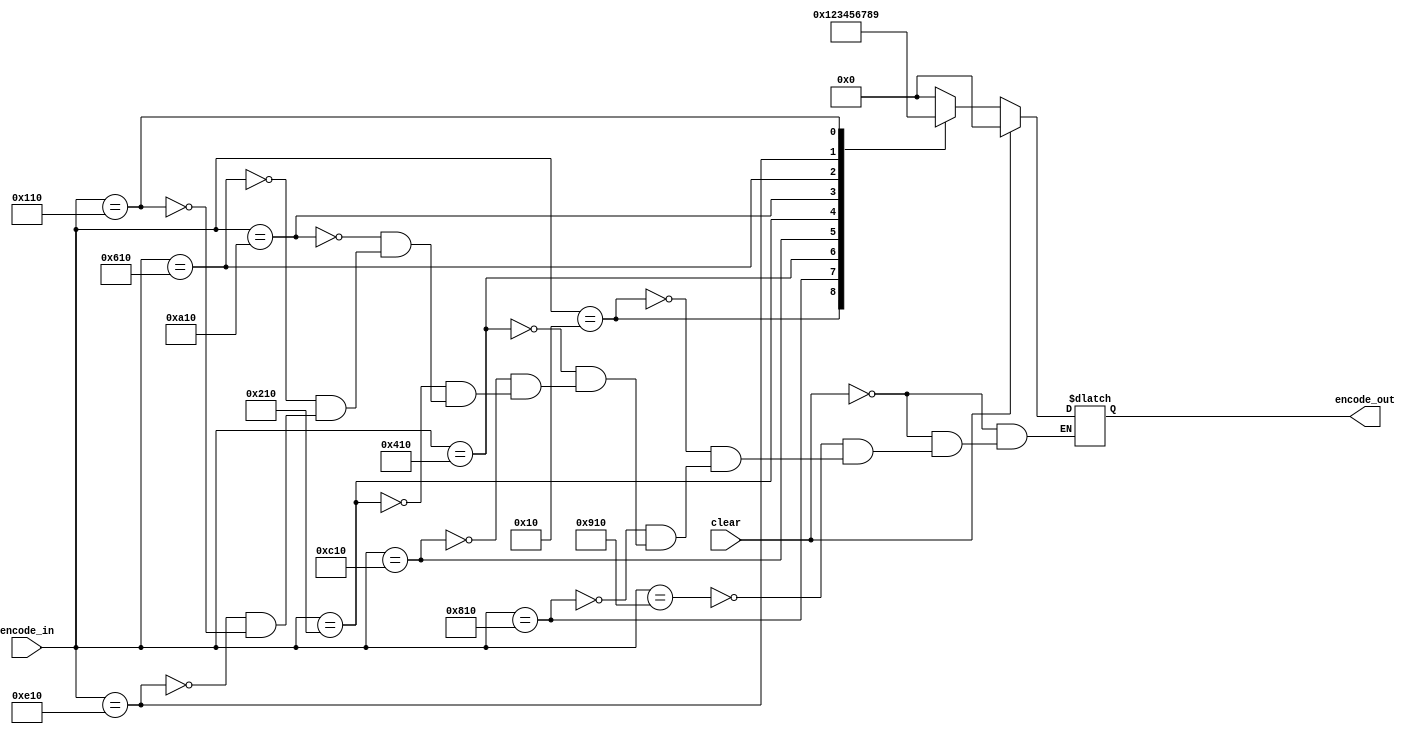
`timescale 1ns / 1ps

`define REMOTE_0 12'b100100010000
`define REMOTE_1 12'b000000010000
`define REMOTE_2 12'b100000010000
`define REMOTE_3 12'b010000010000
`define REMOTE_4 12'b110000010000
`define REMOTE_5 12'b001000010000
`define REMOTE_6 12'b101000010000
`define REMOTE_7 12'b011000010000
`define REMOTE_8 12'b111000010000
`define REMOTE_9 12'b000100010000

module SelectiveEncoder(
input[11:0] encode_in,
input clear,
output reg [3:0] encode_out
);
         
always@(encode_in)
if (clear) begin
encode_out = 4'h0;
end else
    begin
        case(encode_in)
        `REMOTE_0: encode_out = 4'h0;
        `REMOTE_1: encode_out = 4'h1;
        `REMOTE_2: encode_out = 4'h2;
        `REMOTE_3: encode_out = 4'h3;
        `REMOTE_4: encode_out = 4'h4;
        `REMOTE_5: encode_out = 4'h5;
        `REMOTE_6: encode_out = 4'h6;
        `REMOTE_7: encode_out = 4'h7;
        `REMOTE_8: encode_out = 4'h8;
        `REMOTE_9: encode_out = 4'h9;
        endcase
    end
endmodule